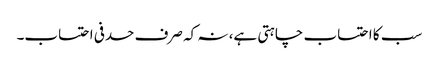
سب کا احتساب چاہتی ہے، نہ کہ صرف حدفی احتساب۔